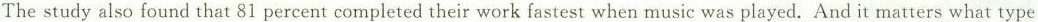
The study also found that 81 percent completed their work fastest when music was played.And it matters what type